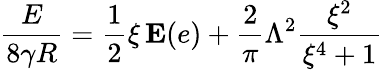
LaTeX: \frac{E}{8\gamma R}=\frac{1}{2}\xi\, \mathbf{E}(e)+\frac{2}{\pi}\Lambda^{2}\frac{\xi^{2}}{\xi^{4}+1}